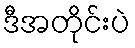
ဒီအတိုင်းပဲ